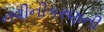
નવીનીકરણની